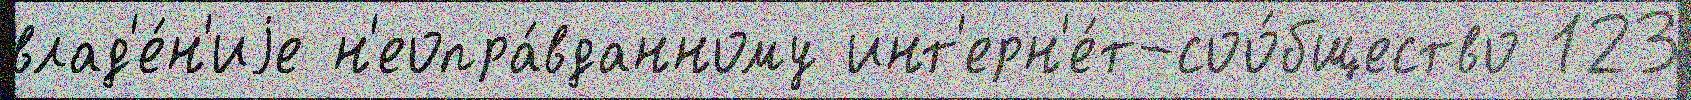
влад'е́н'иjе н'еопра́вданному инт'ерн'е́т-соо́бщество 123